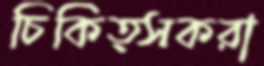
চিকিত্সকরা